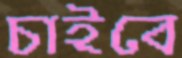
চাইবে